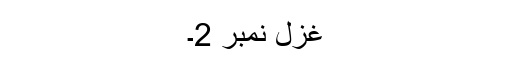
غزل نمبر 2۔